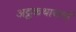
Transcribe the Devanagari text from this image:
अट्ठकथाचार्य